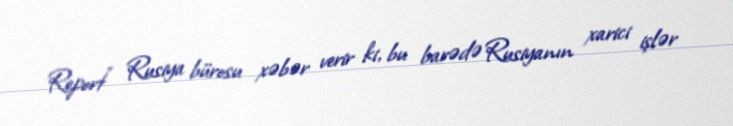
Report" Rusiya bürosu xəbər verir ki, bu barədə Rusiyanın xarici işlər